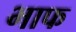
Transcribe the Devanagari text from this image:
भाफ